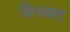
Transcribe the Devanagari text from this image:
विभक्‍त